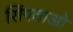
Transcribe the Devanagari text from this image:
सिंगताओ